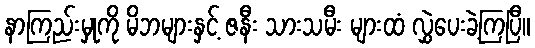
နာကြည်းမှုကို မိဘများနှင့် ဇနီး သားသမီး များထံ လွှဲပေးခဲ့ကြပြီ။